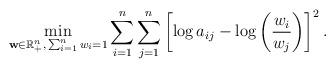
LaTeX: \begin{align*}\min_{\mathbf{w} \in \mathbb{R}^n_+, \, \sum_{i=1}^n w_i = 1} \sum_{i=1}^n \sum_{j=1}^n \left[ \log a_{ij} - \log \left( \frac{w_i}{w_j} \right) \right]^2.\end{align*}